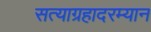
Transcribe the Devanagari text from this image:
सत्याग्रहादरम्यान